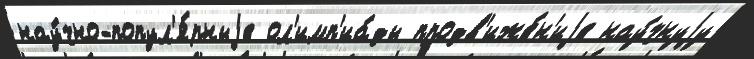
нау́чно-попул'я́рныjе ол'имп'иа́ды продв'иже́н'иjе нау́чнуjу